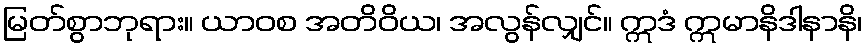
မြတ်စွာဘုရား။ ယာဝစ အတိဝိယ၊ အလွန်လျှင်။ ဣဒံ ဣမာနိဒါနာနိ၊